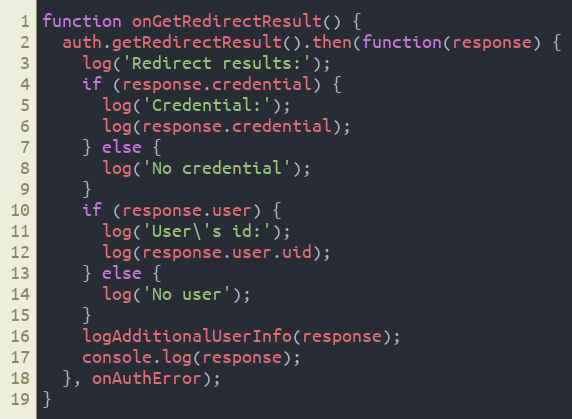
Language: JavaScript
function onGetRedirectResult() {
  auth.getRedirectResult().then(function(response) {
    log('Redirect results:');
    if (response.credential) {
      log('Credential:');
      log(response.credential);
    } else {
      log('No credential');
    }
    if (response.user) {
      log('User\'s id:');
      log(response.user.uid);
    } else {
      log('No user');
    }
    logAdditionalUserInfo(response);
    console.log(response);
  }, onAuthError);
}